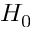
H _ { 0 }